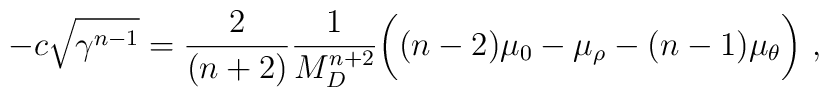
-c\sqrt{\gamma^{n-1}} =        \frac{2}{(n+2)}\frac{1}{M_D^{n+2}}\bigg((n-2)\mu_0-\mu_\rho        -(n-1)\mu_\theta\bigg)~,